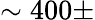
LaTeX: \sim 400\pm